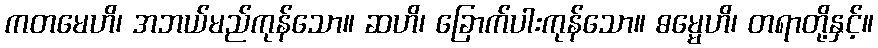
ကတမေဟိ၊ အဘယ်မည်ကုန်သော။ ဆဟိ၊ ခြောက်ပါးကုန်သော။ ဓမ္မေဟိ၊ တရာတို့နှင့်။